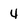
Character: 4